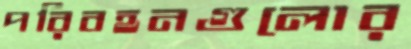
পরিবহনগুলোর